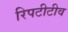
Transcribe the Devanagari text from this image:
रिपटीटीव